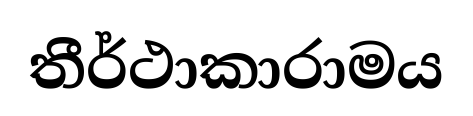
තීර්ථාකාරාමය